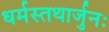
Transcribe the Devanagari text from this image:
धर्मस्तथार्जुनः